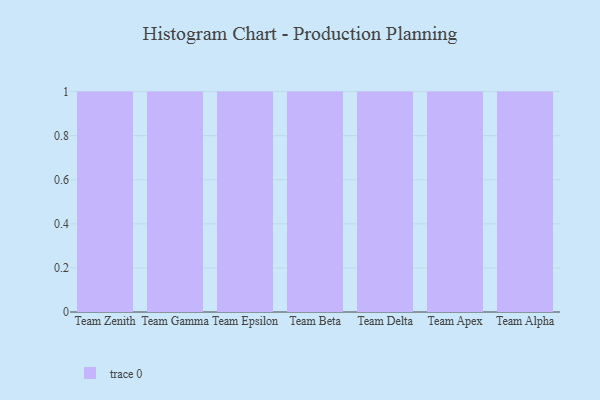
{"axis": {"x": "Team", "y": "Headcount"}, "legend": [""], "data": [{"x": "Team Zenith", "y": 4, "type": ""}, {"x": "Team Gamma", "y": 9, "type": ""}, {"x": "Team Epsilon", "y": 1, "type": ""}, {"x": "Team Beta", "y": 77, "type": ""}, {"x": "Team Delta", "y": 86, "type": ""}, {"x": "Team Apex", "y": 29, "type": ""}, {"x": "Team Alpha", "y": 36, "type": ""}]}